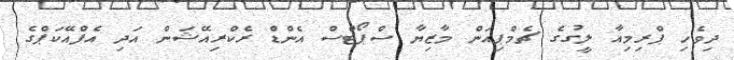
ދިވެހި ޕްރިމިއާ ލީގުގެ ޗެމްޕިއަން މާޒިޔާ ސްޕޯޓްސް އެންޑް ރެކްރިއޭޝަން އަދި އެފްއޭކަޕްގެ